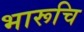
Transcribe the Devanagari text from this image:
भारूचि